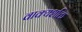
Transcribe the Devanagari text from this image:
वाक्यशक्ति